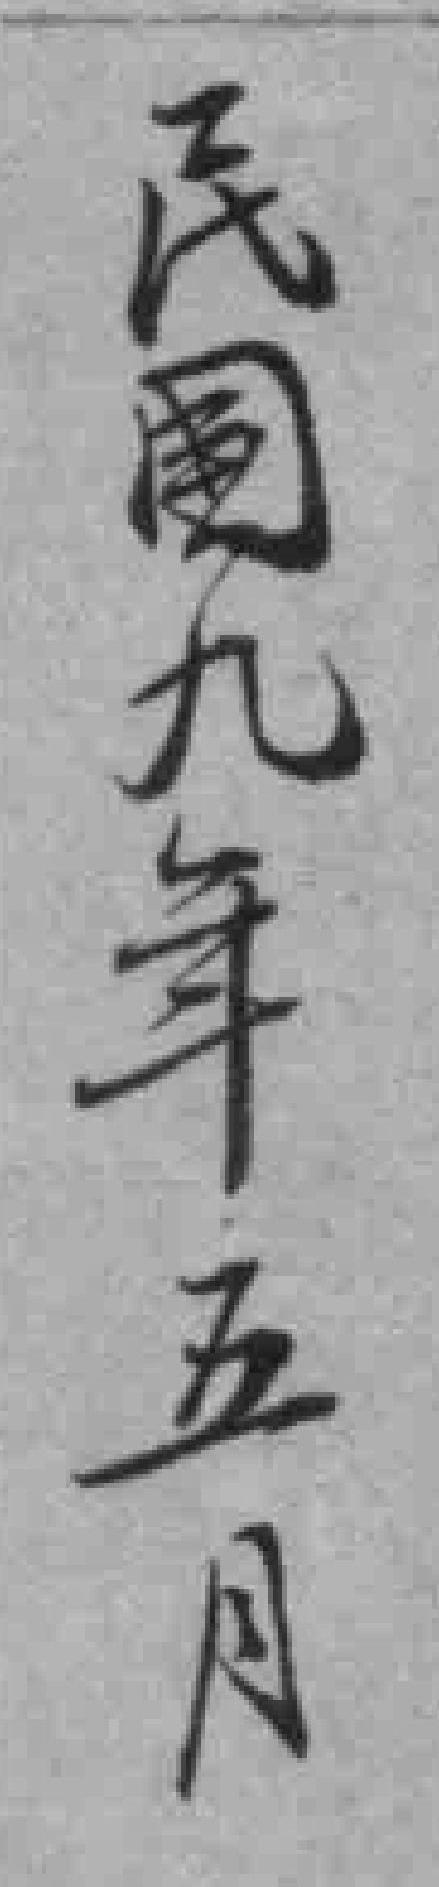
民國九年五月